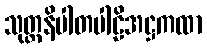
သုတ္တနိပါတပါဠိအဋ္ဌကထာ